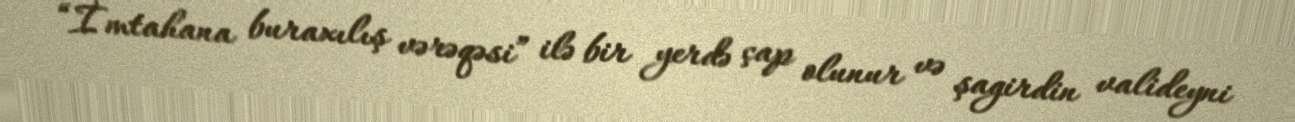
“İmtahana buraxılış vərəqəsi” ilə bir yerdə çap olunur və şagirdin valideyni